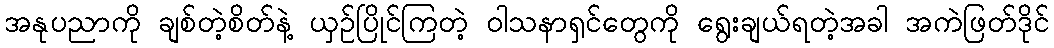
အနုပညာကို ချစ်တဲ့စိတ်နဲ့ ယှဉ်ပြိုင်ကြတဲ့ ဝါသနာရှင်တွေကို ရွေးချယ်ရတဲ့အခါ အကဲဖြတ်ဒိုင်